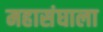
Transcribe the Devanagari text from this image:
महासंघाला